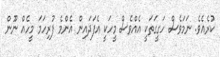
ކުރެއެވެ. ނަމަވެސް ހަގީގަތަކީ އެއްވެސް މީހަކީ އެފަދައިން އެންމެ ފުރިހަމަ މީހެއް ނޫން